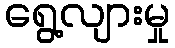
ရွေ့လျားမှု